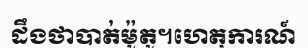
ដឹងថាបាត់ម៉ូតូ។ហេតុការណ៍